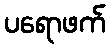
ပရောဖက်